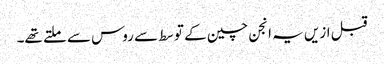
قبل ازیں یہ انجن چین کے توسط سے روس سے ملتے تھے۔